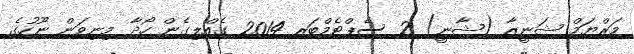
މަރްޔަމް ޝަނީޒާ (ޝާނީ) 2 ސެޕްޓެމްބަރ 2014 ގެއްލިގެން ހޯދާ މިނިވަން ނޫހުގެ